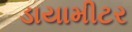
ડાયામીટર